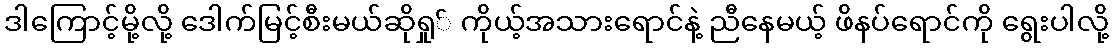
ဒါကြောင့်မို့လို့ ဒေါက်မြင့်စီးမယ်ဆိုရှု် ကိုယ့်အသားရောင်နဲ့ ညီနေမယ့် ဖိနပ်ရောင်ကို ရွေးပါလို့